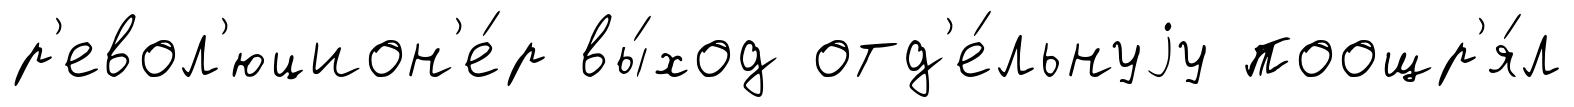
р'евол'юцион'е́р вы́ход отд'е́льнуjу поощр'я́л